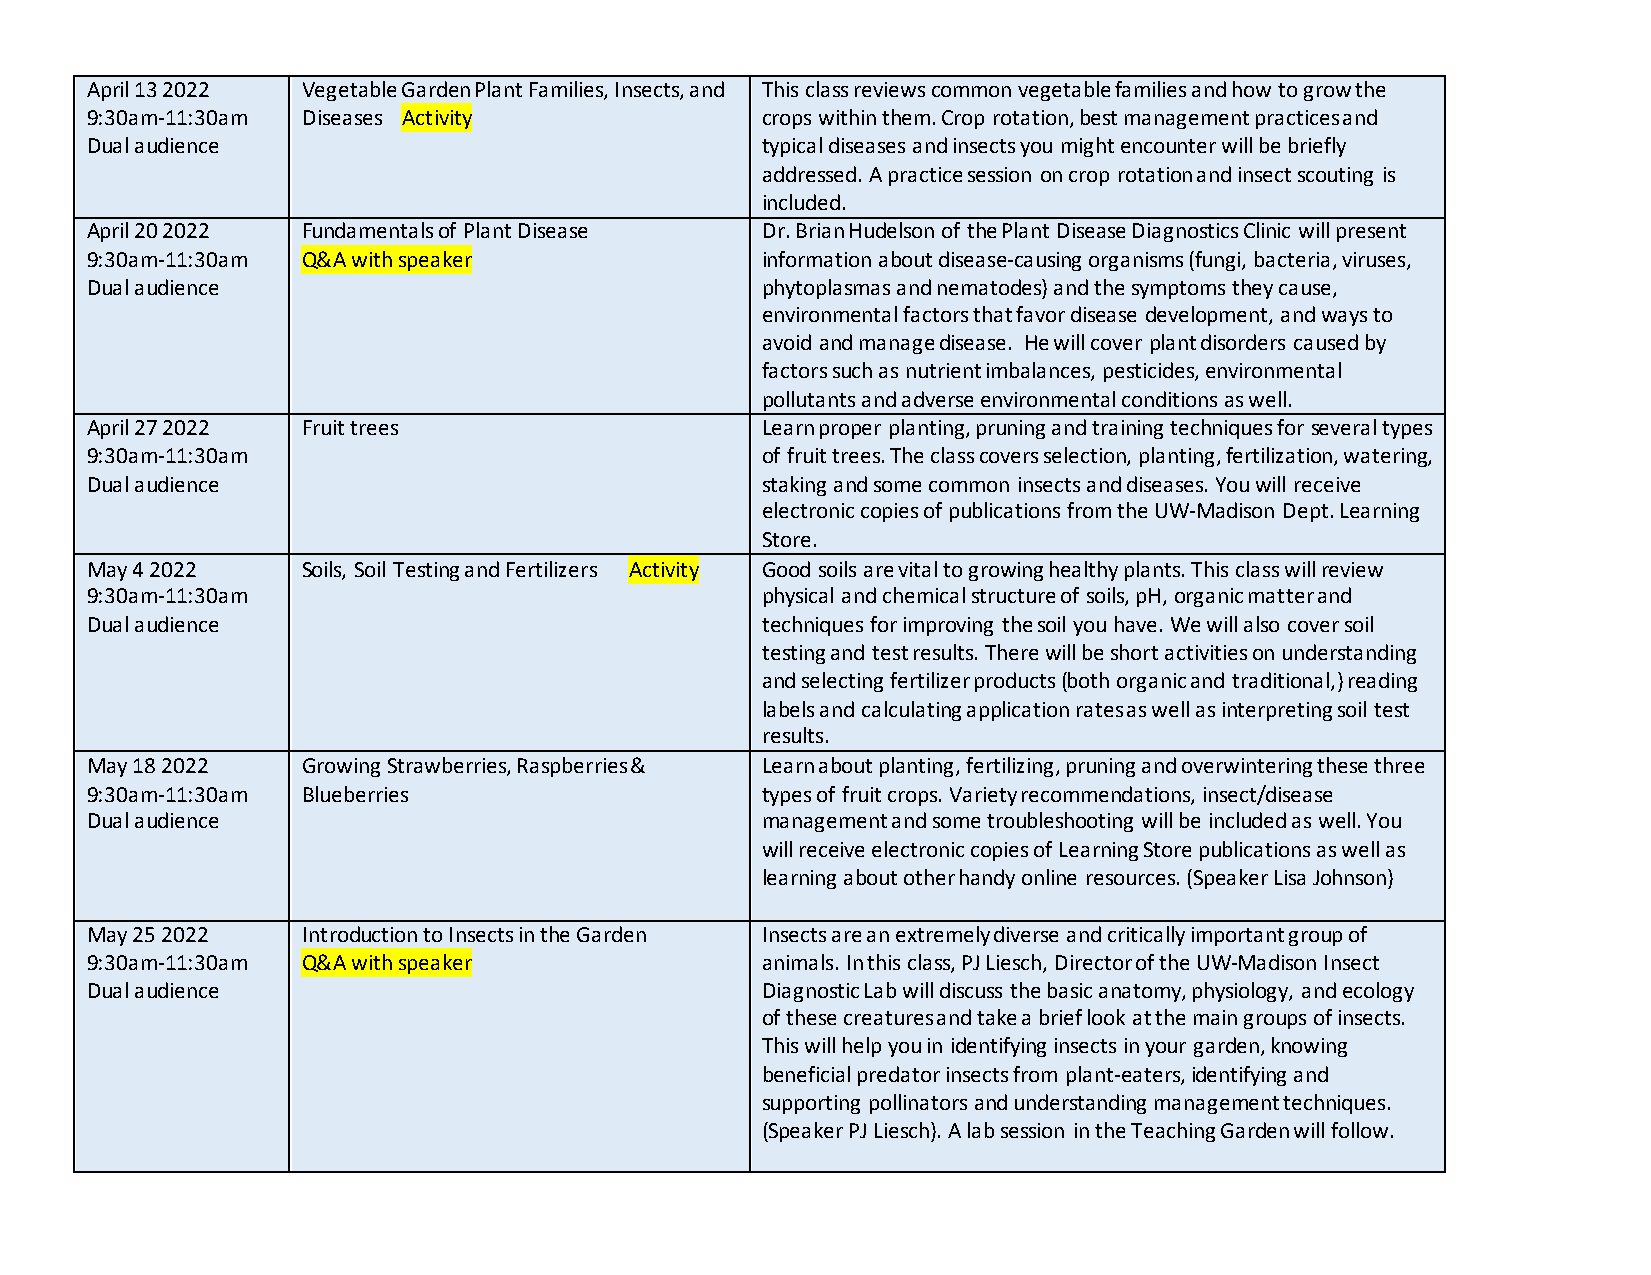
April 13 2022 Vegetable Garden Plant Families, Insects, and This class reviews common vegetable families and how to grow the
 9:30am-11:30am Diseases Activity            crops within them. Crop rotation, best management practices and
 Dual audience                               typical diseases and insects you might encounter will be briefly
 addressed. A practice session on crop rotation and insect scouting is
 included.
 April 20 2022 Fundamentals of Plant Disease Dr. Brian Hudelson of the Plant Disease Diagnostics Clinic will present
 9:30am-11:30am Q&A with speaker             information about disease-causing organisms (fungi, bacteria, viruses,
 Dual audience                               phytoplasmas and nematodes) and the symptoms they cause,
 environmental factors that favor disease development, and ways to
 avoid and manage disease. He will cover plant disorders caused by
 factors such as nutrient imbalances, pesticides, environmental
 pollutants and adverse environmental conditions as well.
 April 27 2022 Fruit trees                   Learn proper planting, pruning and training techniques for several types
 9:30am-11:30am                              of fruit trees. The class covers selection, planting, fertilization, watering,
 Dual audience                               staking and some common insects and diseases. You will receive
 electronic copies of publications from the UW-Madison Dept. Learning
 Store.
 May 4 2022    Soils, Soil Testing and Fertilizers Activity Good soils are vital to growing healthy plants. This class will review
 9:30am-11:30am                              physical and chemical structure of soils, pH, organic matter and
 Dual audience                               techniques for improving the soil you have. We will also cover soil
 testing and test results. There will be short activities on understanding
 and selecting fertilizer products (both organic and traditional,) reading
 labels and calculating application rates as well as interpreting soil test
 results.
 May 18 2022   Growing Strawberries, Raspberries & Learn about planting, fertilizing, pruning and overwintering these three
 9:30am-11:30am Blueberries                  types of fruit crops. Variety recommendations, insect/disease
 Dual audience                               management and some troubleshooting will be included as well. You
 will receive electronic copies of Learning Store publications as well as
 learning about other handy online resources. (Speaker Lisa Johnson)
 May 25 2022   Introduction to Insects in the Garden Insects are an extremely diverse and critically important group of
 9:30am-11:30am Q&A with speaker             animals. In this class, PJ Liesch, Director of the UW-Madison Insect
 Dual audience                               Diagnostic Lab will discuss the basic anatomy, physiology, and ecology
 of these creatures and take a brief look at the main groups of insects.
 This will help you in identifying insects in your garden, knowing
 beneficial predator insects from plant-eaters, identifying and
 supporting pollinators and understanding management techniques.
 (Speaker PJ Liesch). A lab session in the Teaching Garden will follow.